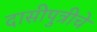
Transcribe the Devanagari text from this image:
दासीपुत्रीचे